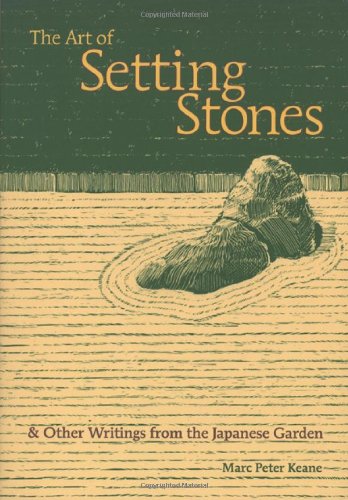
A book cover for The Art of Setting Stones: And Other Writings from the Japanese Garden; Marc Peter Keane; Crafts, Hobbies & Home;